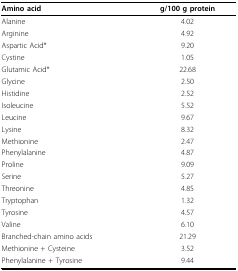
<table><thead><tr><td><b>Amino acid</b></td><td><b>g/100 g protein</b></td></tr></thead><tbody><tr><td>Alanine</td><td>4.02</td></tr><tr><td>Arginine</td><td>4.92</td></tr><tr><td>Aspartic Acid*</td><td>9.20</td></tr><tr><td>Cystine</td><td>1.05</td></tr><tr><td>Glutamic Acid*</td><td>22.68</td></tr><tr><td>Glycine</td><td>2.50</td></tr><tr><td>Histidine</td><td>2.52</td></tr><tr><td>Isoleucine</td><td>5.52</td></tr><tr><td>Leucine</td><td>9.67</td></tr><tr><td>Lysine</td><td>8.32</td></tr><tr><td>Methionine</td><td>2.47</td></tr><tr><td>Phenylalanine</td><td>4.87</td></tr><tr><td>Proline</td><td>9.09</td></tr><tr><td>Serine</td><td>5.27</td></tr><tr><td>Threonine</td><td>4.85</td></tr><tr><td>Tryptophan</td><td>1.32</td></tr><tr><td>Tyrosine</td><td>4.57</td></tr><tr><td>Valine</td><td>6.10</td></tr><tr><td>Branched-chain amino acids</td><td>21.29</td></tr><tr><td>Methionine + Cysteine</td><td>3.52</td></tr><tr><td>Phenylalanine + Tyrosine</td><td>9.44</td></tr></tbody></table>